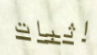
اثبات